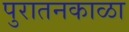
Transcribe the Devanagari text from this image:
पुरातनकाळा